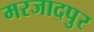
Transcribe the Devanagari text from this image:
मरजादपुर